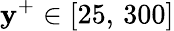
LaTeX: \mathbf{y}^{+}\in[25,\, 300]